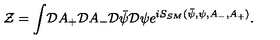
{ \cal Z } = { \displaystyle \int } { \cal D } A _ { + } { \cal D } A _ { - } { \cal D } { \bar { \psi } } { \cal D } \psi { \displaystyle e } ^ { i S _ { S M } ( { \bar { \psi } } , \psi , A _ { - } , A _ { + } ) } .